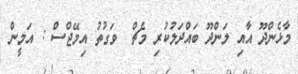
މާޅެންދޫ އާއި ލަންދޫ ބައްދަލުކުރި މެޗް  ވަގުތު އިމޭޖްސް : އަމީން